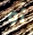
أو